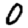
Digit: 0